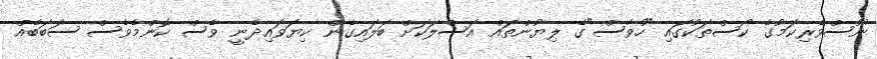
ނޫސްވެރިކަމުގެ ކޯސްތަކުގައި "ހުވާސް"ގެ ލިޔުންތައް އަސްލަކަށް ބަލައިގެން ކިޔަވައިދެނީ ވެސް ކޮންމެވެސް ސަބަބެއް